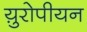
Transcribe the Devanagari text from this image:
य़ुरोपीयन